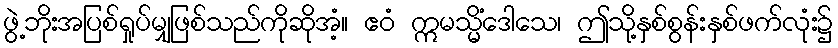
ဖွဲ့ဘိုးအပြစ်ရှုပ်မျှဖြစ်သည်ကိုဆိုအံ့။ ဧဝံ ဣမသ္မိံဒေါသေ၊ ဤသို့နှစ်စွန်းနှစ်ဖက်လုံး၌